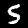
Digit: 5